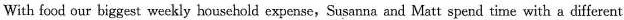
With food our biggest weekly household expense,Susanna and Matt spend time with a different